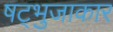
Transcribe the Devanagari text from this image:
षट्भुजाकार